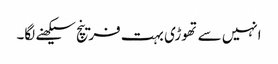
انہیں سے تھوڑی بہت فرینچ سیکھنے لگا۔